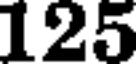
125